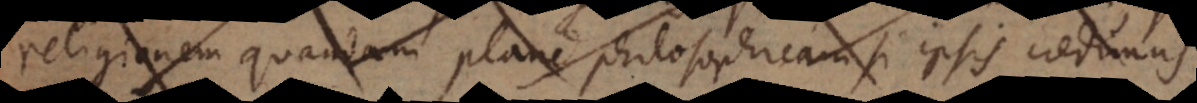
religionem quandam plane philosophicam si ipsis credimus